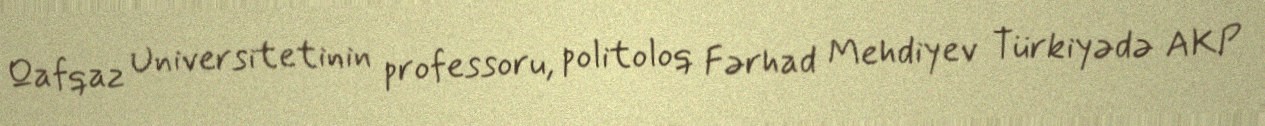
Qafqaz Universitetinin professoru, politoloq Fərhad Mehdiyev Türkiyədə AKP